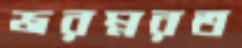
জরম্নরত